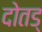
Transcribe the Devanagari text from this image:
दोतड्